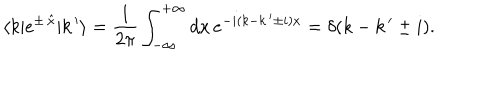
LaTeX: \langle k | e ^ { \pm \, \hat { x } } | k \, ^ { \prime } \rangle = \frac { 1 } { 2 \pi } \int _ { - \infty } ^ { + \infty } d x \, e ^ { - i ( k - k \, ^ { \prime } \pm i ) x } = \delta ( k - k \, ^ { \prime } \pm i ) .